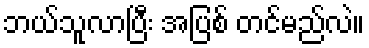
ဘယ်သူလာပြီး အပြစ် တင်မည်လဲ။